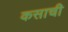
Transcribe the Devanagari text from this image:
कसाची